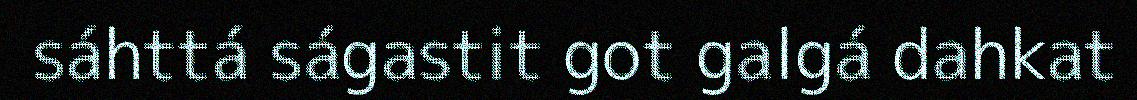
sáhttá ságastit got galgá dahkat